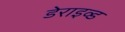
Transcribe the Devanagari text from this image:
डेराइव्ड